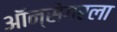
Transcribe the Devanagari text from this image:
ऑन्सेगरला